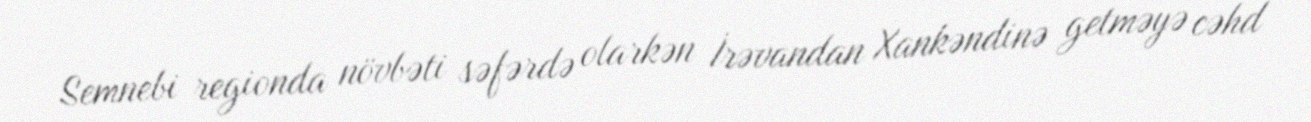
Semnebi regionda növbəti səfərdə olarkən İrəvandan Xankəndinə getməyə cəhd